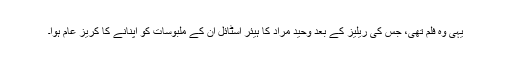
یہی وہ فلم تھی، جس کی ریلیز کے بعد وحید مراد کا ہیئر اسٹائل ان کے ملبوسات کو اپنانے کا کریز عام ہوا۔